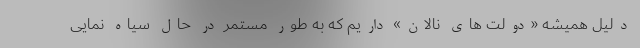
دلیل همیشه «دولت های نالان» داریم که به طور مستمر در حال سیاه نمایی